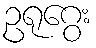
ဥရုဂွေး